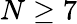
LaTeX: N\ge 7